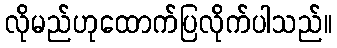
လိုမည်ဟုထောက်ပြလိုက်ပါသည်။